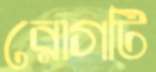
রোগটি